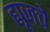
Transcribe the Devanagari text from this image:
ह्यूजचे